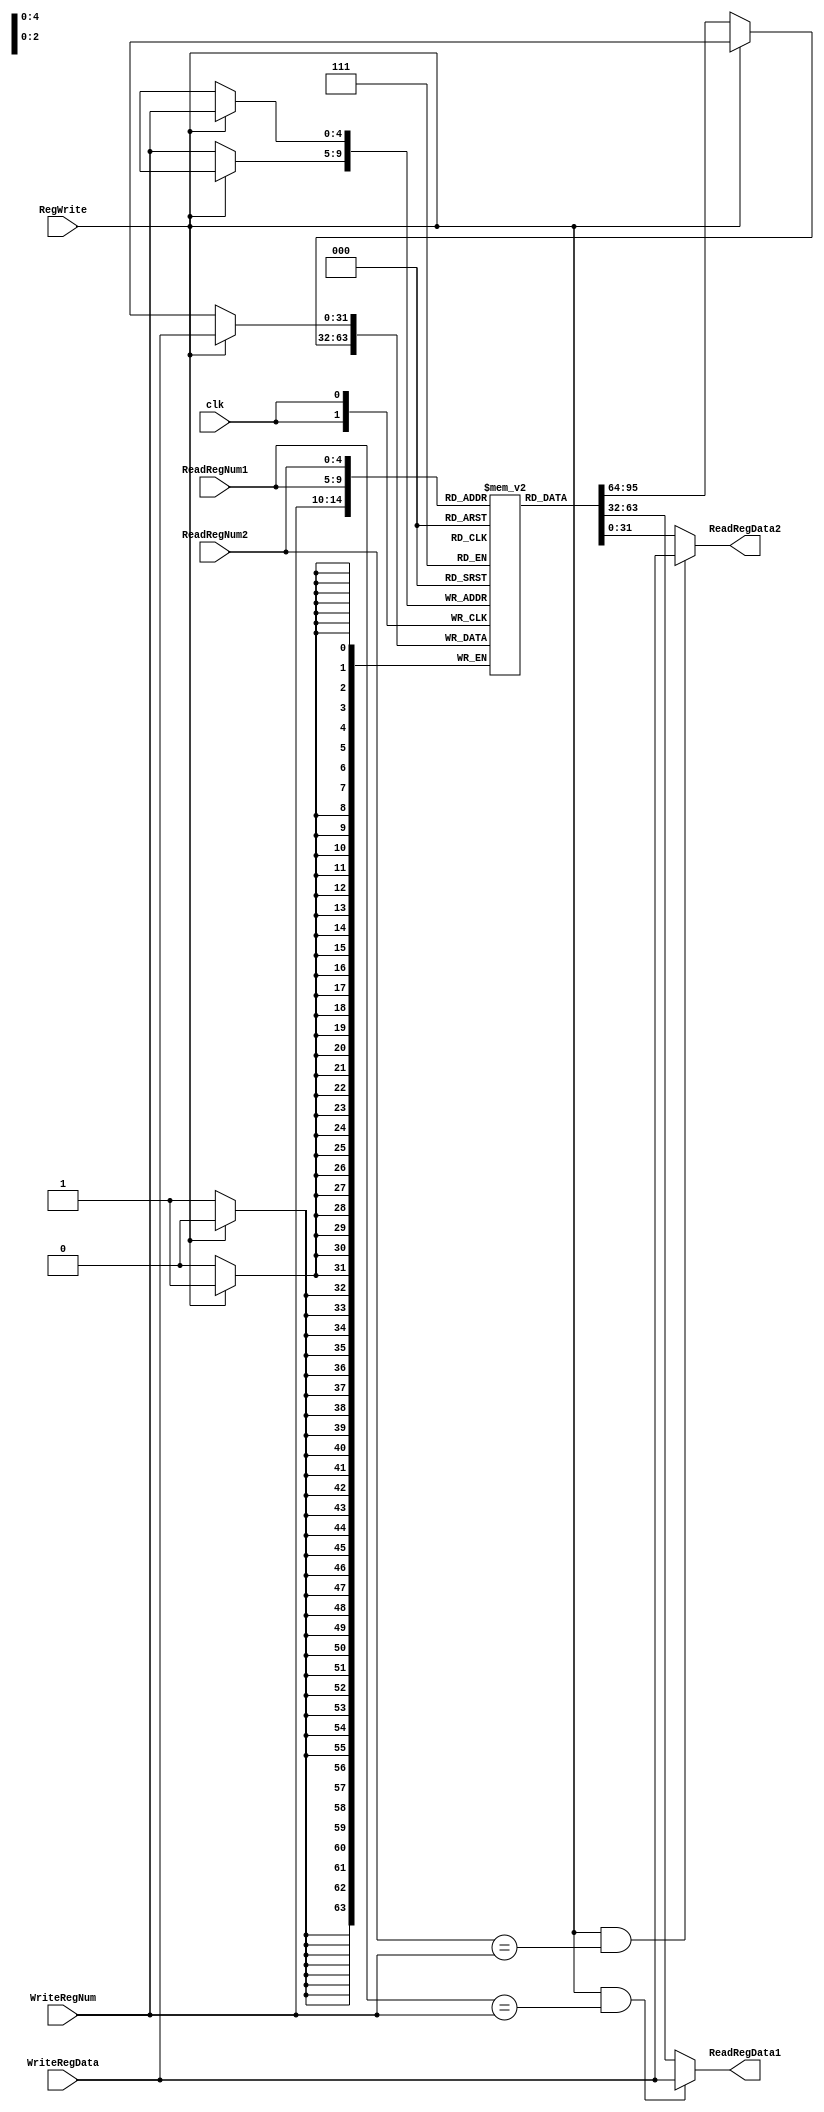
`timescale 1ns / 1ps
//////////////////////////////////////////////////////////////////////////////////
// Company: 
// Engineer: 
// 
// Design Name: 
// Module Name: RegisterFile
// Project Name: 
// Target Devices: 
// Tool Versions: 
// Description: 
// 
// Dependencies: 
// 
// Revision:
// Revision 0.01 - File Created
// Additional Comments:
// 
//////////////////////////////////////////////////////////////////////////////////


module RegisterFile(
    input clk,
    input [4:0] ReadRegNum1,
    input [4:0] ReadRegNum2,
    input [4:0] WriteRegNum,
    input [31:0] WriteRegData,
    input RegWrite,
    output [31:0] ReadRegData1,
    output [31:0] ReadRegData2
    );
    
    reg [31:0]  regs [0:31];
    
    /*initialize memory*/
    integer i;
    initial begin
        regs[0] <= 32'h0000_0000;
        regs[1] <= 32'h0000_00FF;
        regs[2] <= 32'h0000_0000;
        regs[3] <= 32'h0000_0000;
        for (i = 4; i < 32; i = i + 1) begin
            regs[i] <= 32'h0000_0000;
        end
    end
    
    always @ (posedge clk) begin
        if (RegWrite) begin
            regs[WriteRegNum] <= WriteRegData;
        end
        else begin
            regs[WriteRegNum] <= regs[WriteRegNum];
        end
    end
    
    //bypass
    assign ReadRegData1 = (RegWrite && (ReadRegNum1 == WriteRegNum)) ? WriteRegData : regs[ReadRegNum1];
    assign ReadRegData2 = (RegWrite && (ReadRegNum2 == WriteRegNum)) ? WriteRegData : regs[ReadRegNum2];
    
endmodule